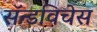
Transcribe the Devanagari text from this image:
सॅन्डविचेस